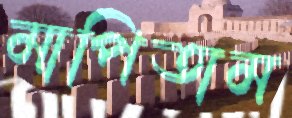
মাপিতাম